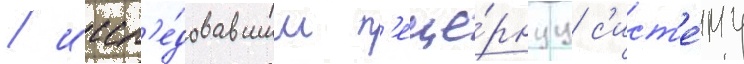
/ иссл'е́довавшим п'еще́рнуу с'ист'е́му